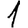
Digit: 1